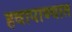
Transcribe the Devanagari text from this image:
हवापाण्यात